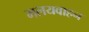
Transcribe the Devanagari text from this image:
मलयवाहन